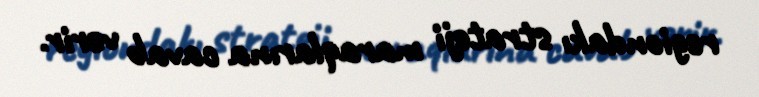
regiondakı strateji maraqlarına cavab verir.